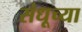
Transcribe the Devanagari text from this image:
संधूच्या